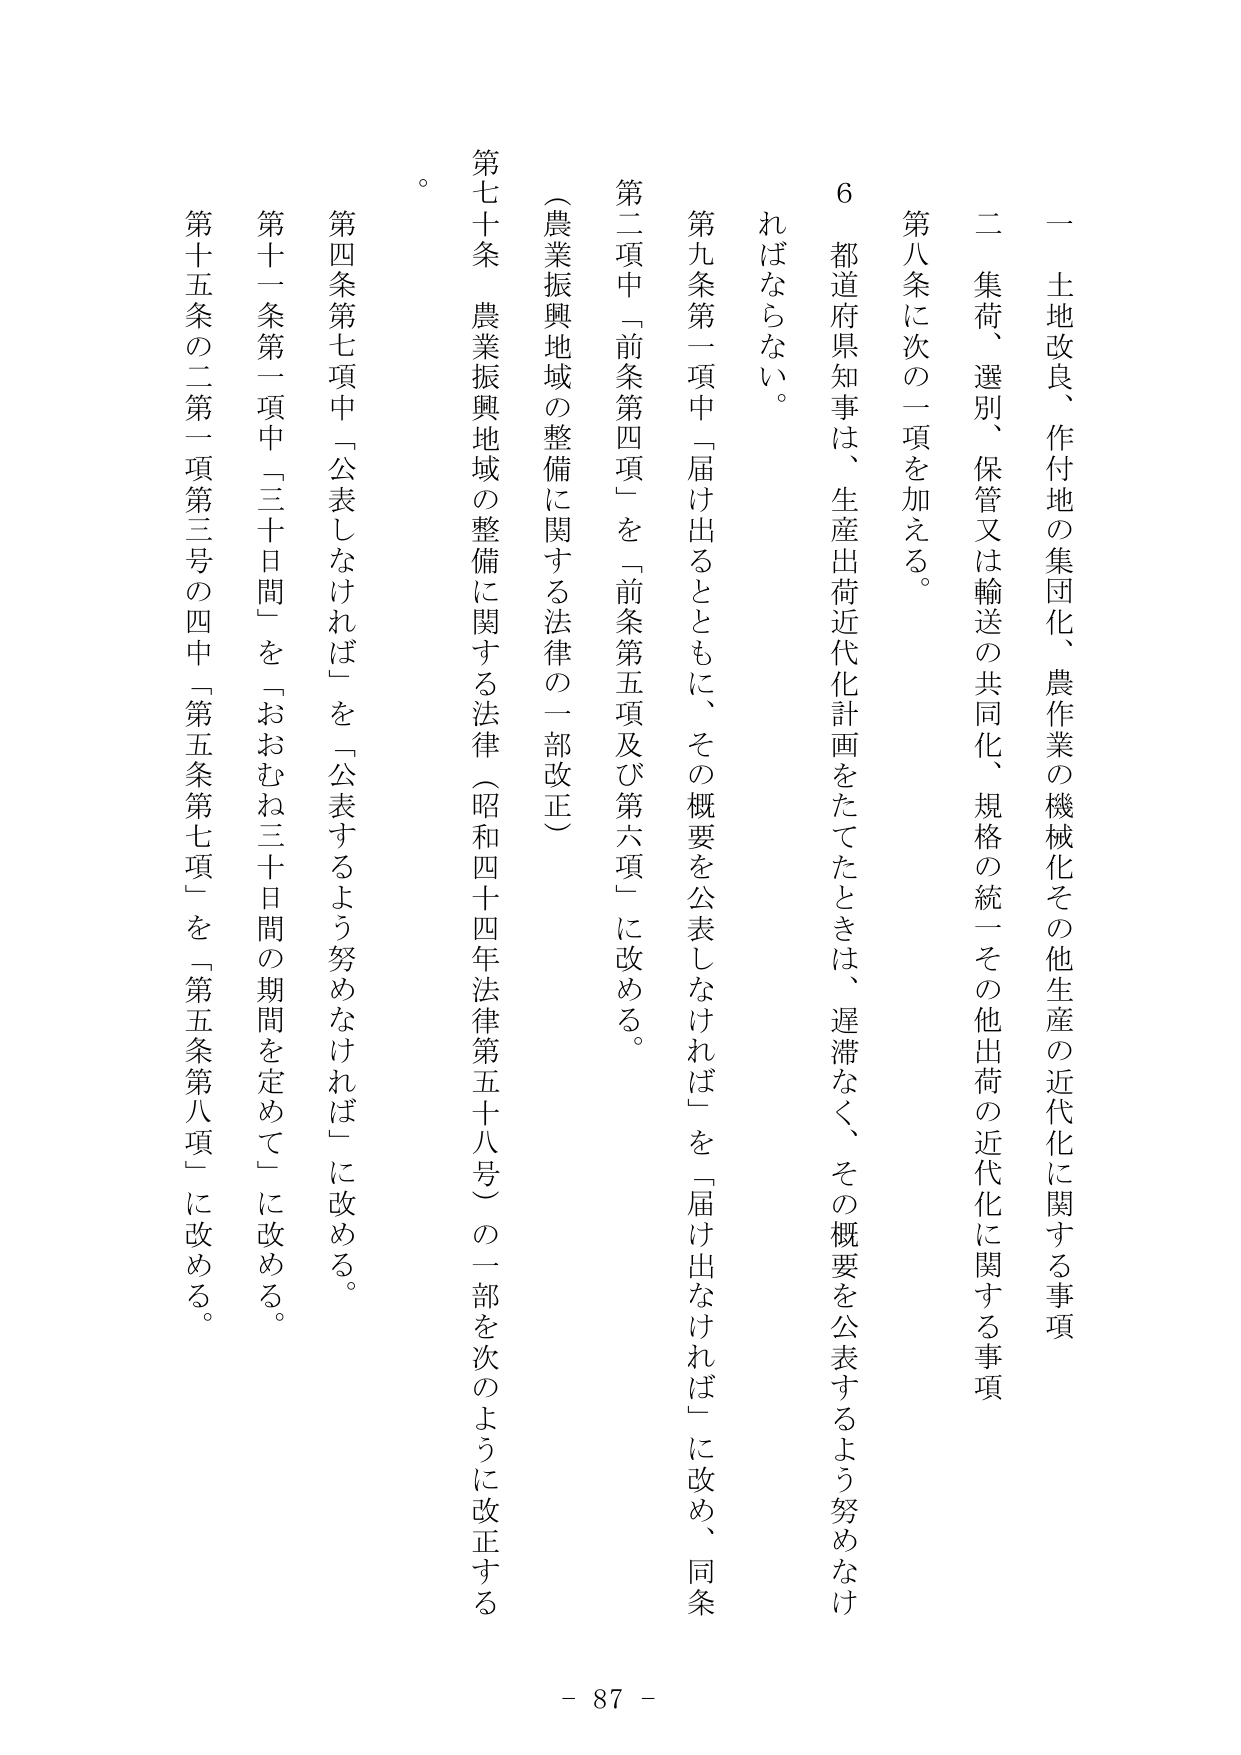
一 土地改良、作付地の集団化、農作業の機械化その他生産の近代化に関する事項

二 集荷、選別、保管又は輸送の共同化、規格の統一その他出荷の近代化に関する事項

第八条に次の一項を加える。

６ 都道府県知事は、生産出荷近代化計画をたてたときは、遅滞なく、その概要を公表するよう努めなければならな。

第九条第一項中「届け出るとともに、その概要を公表しなければ」を「届け出なければ」に改め、同条第二項中「前条第四項」を「前条第五項及び第六項」に改める。

（農業振興地域の整備に関する法律の一部改正）

第七十条 農業振興地域の整備に関する法律（昭和四十四年法律第五十八号）の一部を次のように改正する。

第四条第七項中「公表しなければ」を「公表するよう努めなければ」に改める。

第十一条第一項中「三十日間」を「おおむね三十日間の期間を定めて」に改める。

第十五条の二第一項第三号の四中「第五条第七項」を「第五条第八項」に改める。

- 87 -